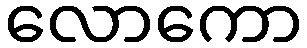
လောကော